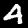
Digit: 4